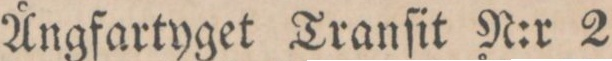
Ångfartyget Tranſit N:r 2